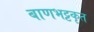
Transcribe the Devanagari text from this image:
बाणभट्टकृत